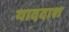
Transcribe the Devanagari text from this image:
याददाश